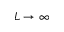
L \rightarrow \infty